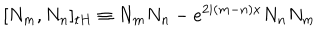
LaTeX: \lbrack N _ { m } , N _ { n } ] _ { t H } \equiv N _ { m } N _ { n } - e ^ { 2 i ( m - n ) x } N _ { n } N _ { m }